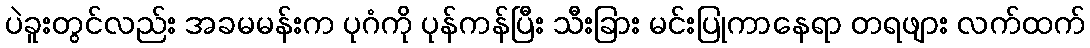
ပဲခူးတွင်လည်း အခမမန်းက ပုဂံကို ပုန်ကန်ပြီး သီးခြား မင်းပြုကာနေရာ တရဖျား လက်ထက်